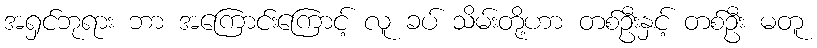
အရှင်ဘုရား ဘာ အကြောင်းကြောင့် လူ ခပ် သိမ်းတို့ဟာ တစ်ဦးနှင့် တစ်ဦး မတူ